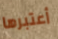
أعتبرها